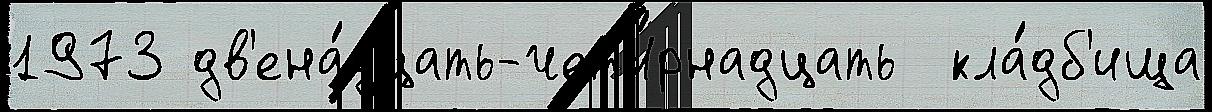
1973 дв'ена́дцать-четы́рнадцать  кла́дб'ища